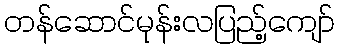
တန်ဆောင်မုန်းလပြည့်ကျော်